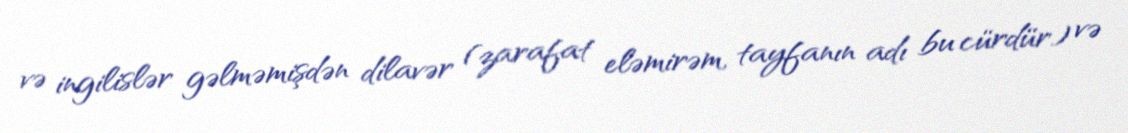
və ingilislər gəlməmişdən dilavər (zarafat eləmirəm, tayfanın adı bu cürdür) və